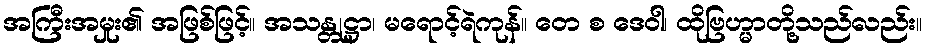
အကြီးအမှုး၏ အဖြစ်ဖြင့်။ အသန္တုဋ္ဌာ၊ မရောင့်ရဲကုန်။ တေ စ ဒေဝါ၊ ထိုဗြဟ္မာတို့သည်လည်း။